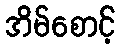
အိမ်စောင့်